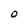
Character: O